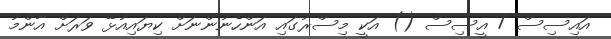
އައިސިސް / އީސިސް () އަކީ މިސްރުގައި އަންހެނުންނަށް ކިޔައިއުޅޭ ވަރަށް އާންމު